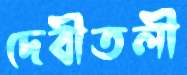
দেবীতলী